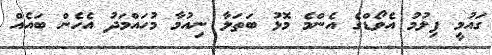
ގައުމީ ފިލުމު އެވޯޑްގެ އެންމެ މޮޅު ބަތަލާ ނިއުމާ މުހައްމަދު އެހެން ބައެއް